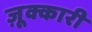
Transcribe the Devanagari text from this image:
ज़ूक्कारी